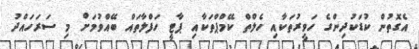
އެގޮތުން ކުޑަކުދިންގެ ހަވީރުތަކާއި ހެލްތް ކޭމްޕްތަކާއި ޕާޓީ ހަފްލާތައް ބޭއްވުމަށް މި ސަރަހައްދު